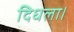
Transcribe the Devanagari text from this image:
दिधला।